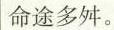
命途多舛。